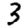
Digit: 3